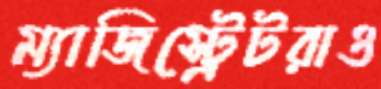
ম্যাজিস্ট্রেটরাও